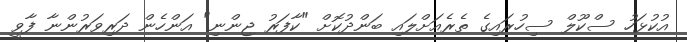
އުކުޅަހު ސްކޫލް ސިހުރައިގެ ތެރެއަށްލައި ބަންދުކޮށް "ކާފަރު ޖިންނި" އަންހެން ދަރިވަރުންނާ ފާވީ